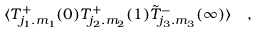
\langle { \cal T } _ { j _ { 1 } . m _ { 1 } } ^ { + } ( 0 ) { \cal T } _ { j _ { 2 } . m _ { 2 } } ^ { + } ( 1 ) \tilde { \cal T } _ { j _ { 3 } . m _ { 3 } } ^ { - } ( \infty ) \rangle \quad ,